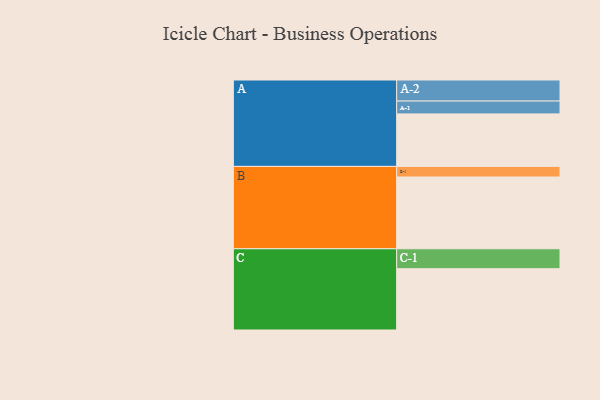
{"axis": {"x": "Segment", "y": "Value"}, "legend": ["", "A", "B", "C"], "data": [{"x": "A", "y": 437, "type": ""}, {"x": "B", "y": 597, "type": ""}, {"x": "C", "y": 510, "type": ""}, {"x": "A-1", "y": 107, "type": "A"}, {"x": "A-2", "y": 175, "type": "A"}, {"x": "B-1", "y": 88, "type": "B"}, {"x": "C-1", "y": 166, "type": "C"}]}